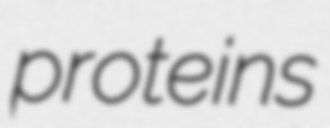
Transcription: proteins